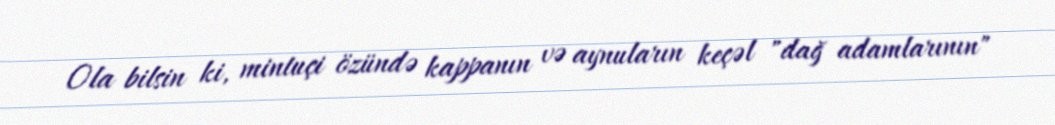
Ola bilsin ki, mintuçi özündə kappanın və aynuların keçəl "dağ adamlarının"